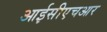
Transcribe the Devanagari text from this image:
आईसीएचआर